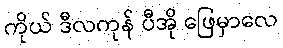
ကိုယ် ဒီလကုန် ပီအို ဖြေမှာလေ